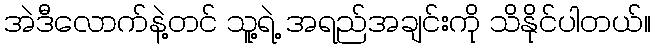
အဲဒီလောက်နဲ့တင် သူ့ရဲ့ အရည်အချင်းကို သိနိုင်ပါတယ်။